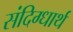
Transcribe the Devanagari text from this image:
संदिग्धार्थ